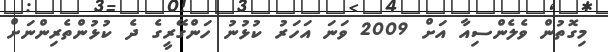
މިގޮތުން ވެލެންސިއާ އަށް 2009 ވަނަ އަހަރު ކުޅުނު ހަންގޭރީގެ ދެ ކުޅުންތެރިންނަށް